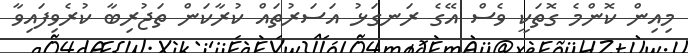
މިއިން ކޮންމެ ގޮތަކީ ވެސް އޭގެ ރަނގަޅު އަސަރުތައް ކުރާކަން ތަޖުރިބާ ކުރެވިފައިވާ